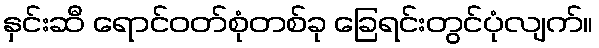
နှင်းဆီ ရောင်ဝတ်စုံတစ်ခု ခြေရင်းတွင်ပုံလျက်။